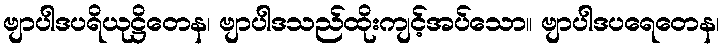
ဗျာပါဒပရိယုဋ္ဌိတေန၊ ဗျာပါဒသည်ထိုးကျင့်အပ်သော။ ဗျာပါဒပရေတေန၊